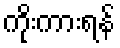
ကိုးကားရန်